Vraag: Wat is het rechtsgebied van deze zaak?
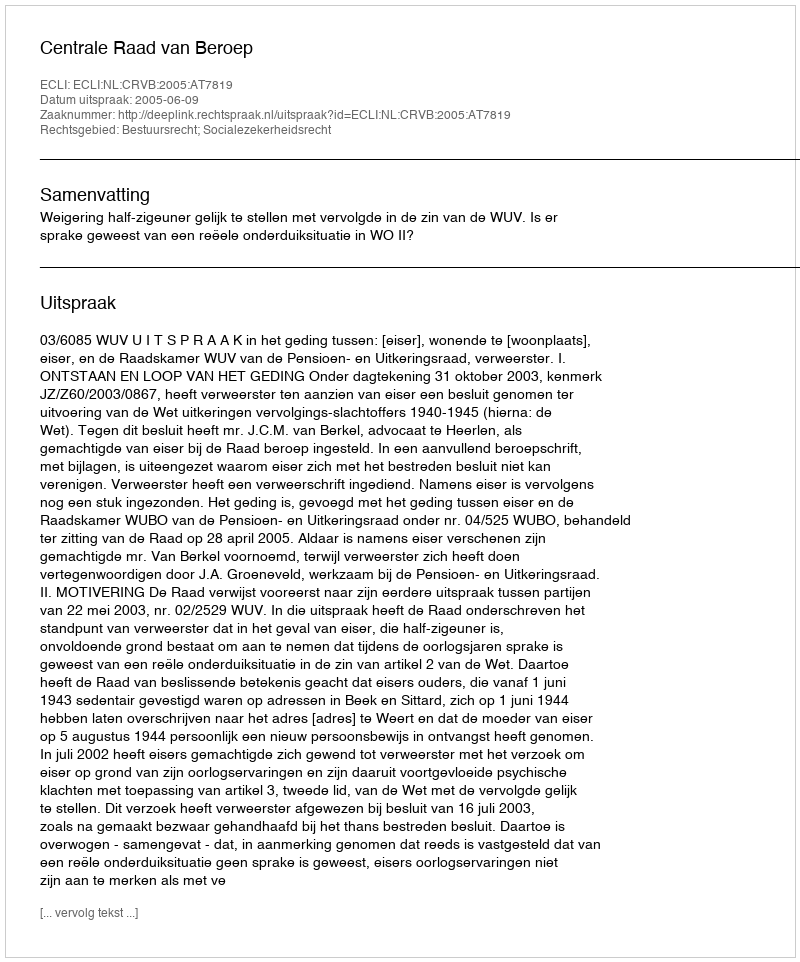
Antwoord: Bestuursrecht; Socialezekerheidsrecht